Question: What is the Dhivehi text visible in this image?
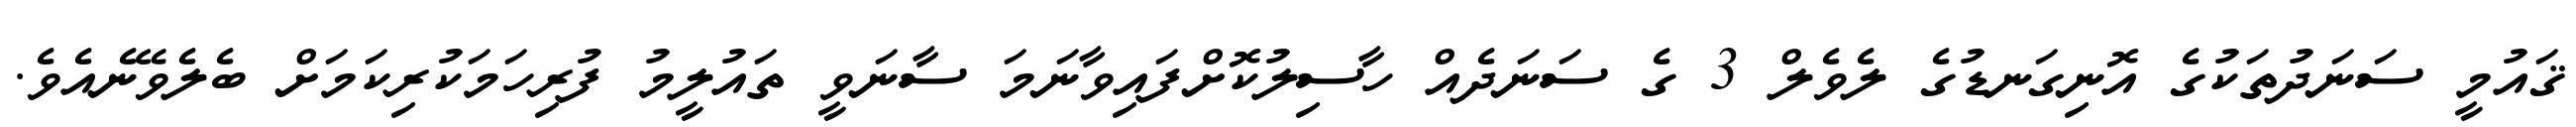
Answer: ޤައުމީ ސަނަދުތަކުގެ އޮނިގަނޑުގެ ލެވެލް 3 ގެ ސަނަދެއް ހާސިލުކޮށްފައިވާނަމަ ސާނަވީ ތައުލީމު ފުރިހަމަކުރިކަމަށް ބެލެވޭނެއެވެ.